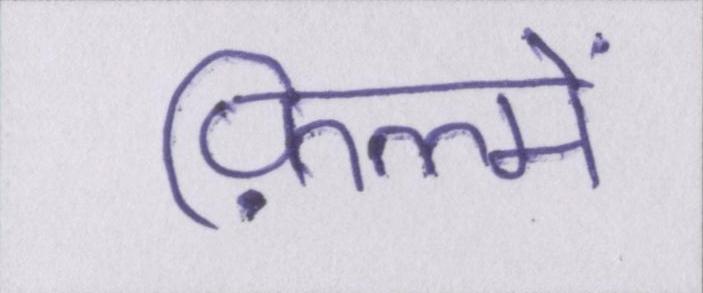
फ़िल्में